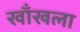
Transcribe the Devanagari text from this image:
खाँखला